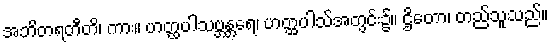
အဘိတရတီတိ၊ ကား။ ဟတ္ထပါသဗ္ဘန္တရေ၊ ဟတ္ထပါသ်အတွင်း၌။ ဌိတော၊ တည်သူသည်။